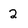
Character: 2